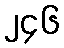
၂၄၆